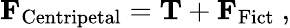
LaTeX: \mathbf{F}_{\mathrm{Centripetal}}=\mathbf{T}+\mathbf{F}_{\mathrm{Fict}}\ ,